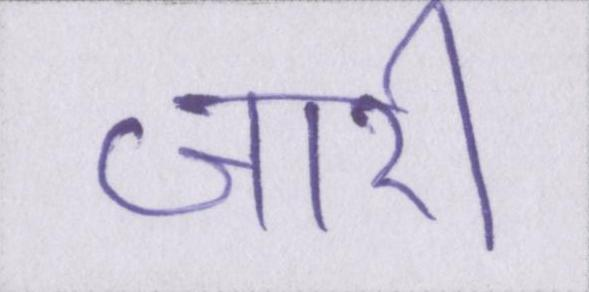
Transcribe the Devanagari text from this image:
जारी